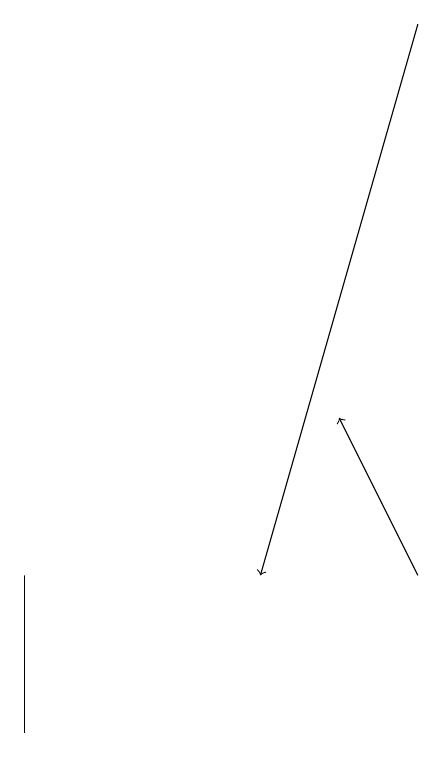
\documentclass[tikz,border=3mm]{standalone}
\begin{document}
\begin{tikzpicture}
\draw[->] (6,12) -- (5,14);
\draw (1,10) rectangle (1,12);
\draw[->] (6,19) -- (4,12);
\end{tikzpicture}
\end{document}